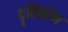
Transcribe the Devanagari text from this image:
दॄष्टिकोण